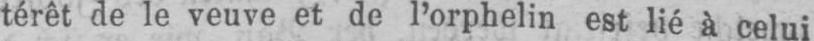
térêt de le veuve et de l’orphelin est lié à celui